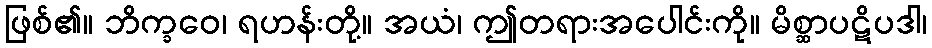
ဖြစ်၏။ ဘိက္ခဝေ၊ ရဟန်းတို့။ အယံ၊ ဤတရားအပေါင်းကို။ မိစ္ဆာပဋိပဒါ၊